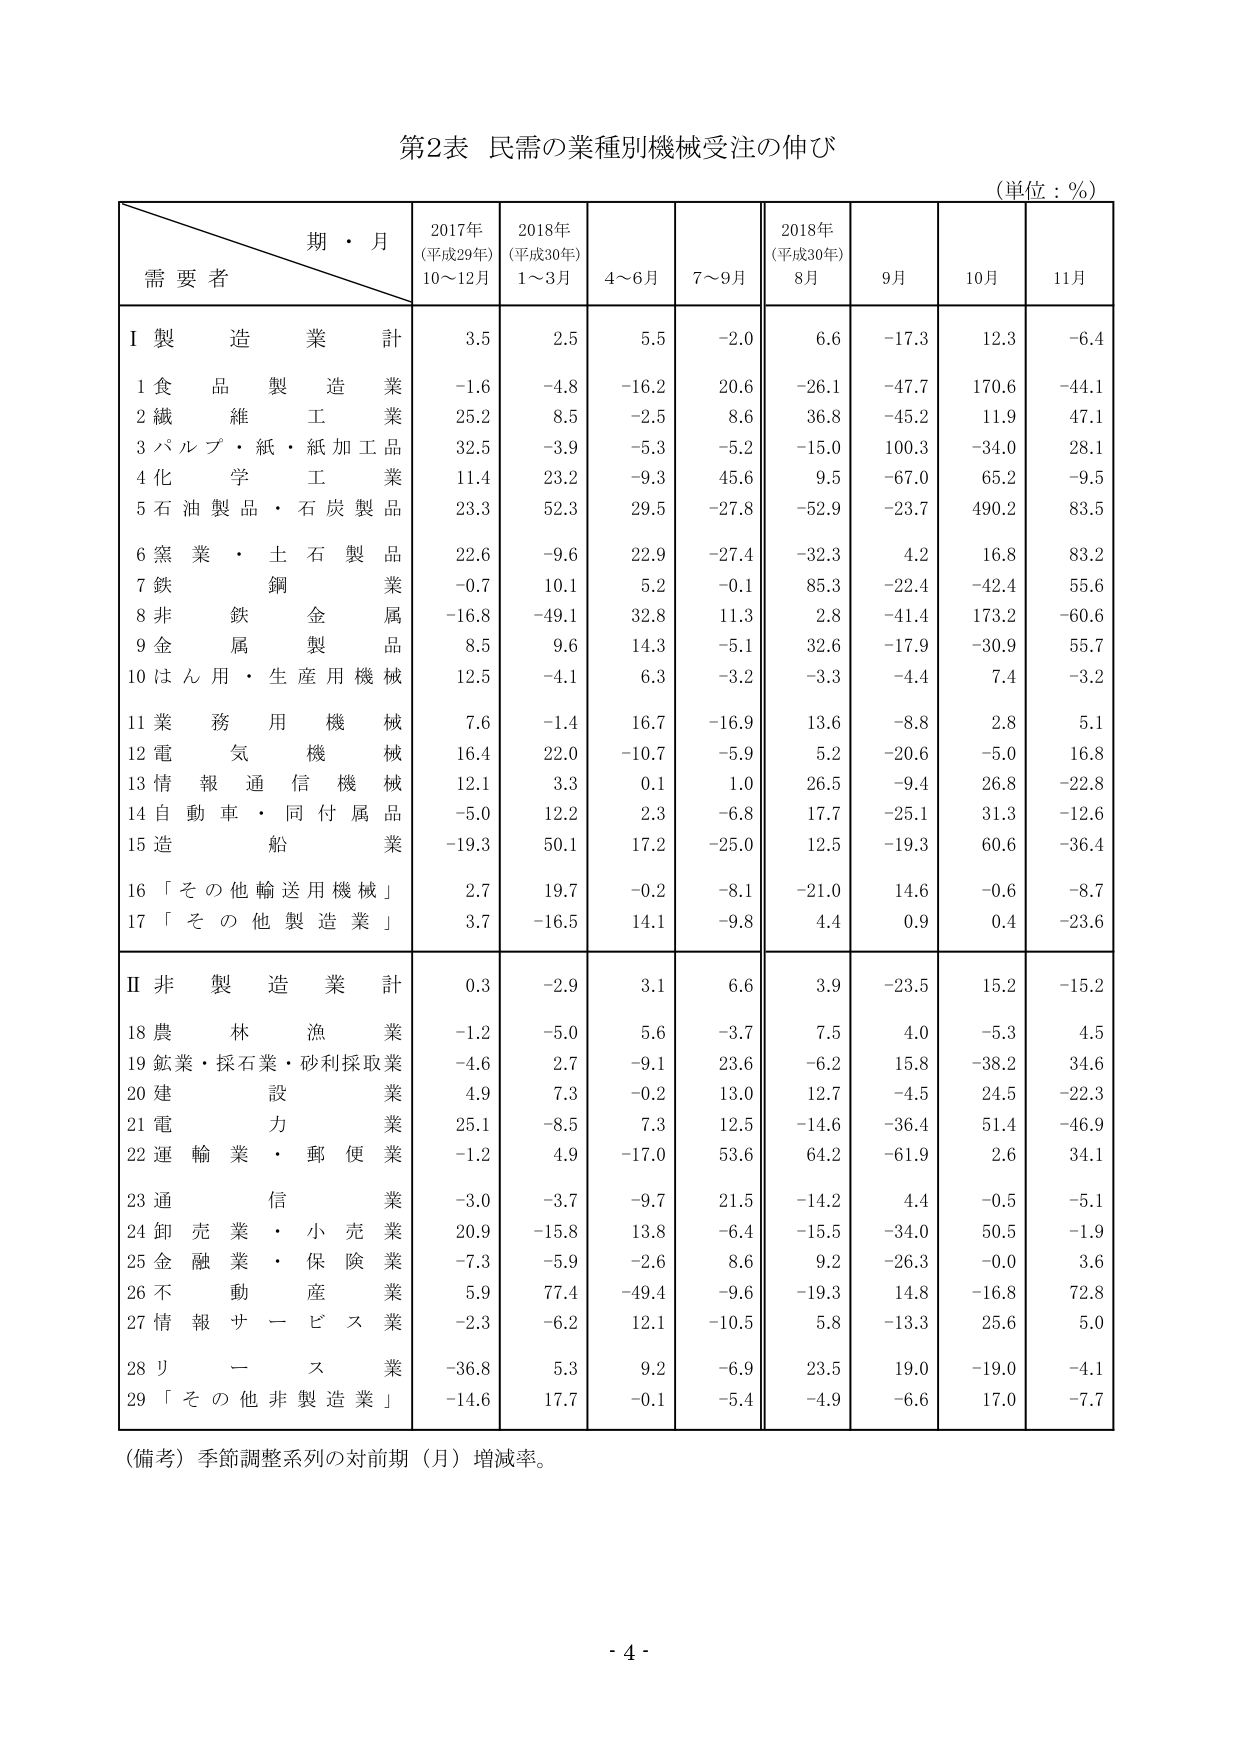
第2表 民需の業種別機械受注の伸び
(単位：％)

期・月
需要者
2017年
(平成29年)
10～12月
2018年
(平成30年)
1～3月
4～6月
7～9月
2018年
(平成30年)
8月
9月
10月
11月

Ⅰ 製造業計
3.5
2.5
5.5
-2.0
6.6
-17.3
12.3
-6.4

1 食品製造業
-1.6
-4.8
-16.2
20.6
-26.1
-47.7
170.6
-44.1

2 繊維工業
25.2
8.5
-2.5
8.6
36.8
-45.2
11.9
47.1

3 パルプ・紙・紙加工品業
32.5
-3.9
-5.3
-5.2
-15.0
100.3
-34.0
28.1

4 化学工業
11.4
23.2
-9.3
45.6
9.5
-67.0
65.2
-9.5

5 石油製品・石炭製品業
23.3
52.3
29.5
-27.8
-52.9
-23.7
490.2
83.5

6 窯業・土石製品業
22.6
-9.6
22.9
-27.4
-32.3
4.2
16.8
83.2

7 鉄鋼業
-0.7
10.1
5.2
-0.1
85.3
-22.4
-42.4
55.6

8 非鉄金属業
-16.8
-49.1
32.8
11.3
2.8
-41.4
173.2
-60.6

9 金属製品業
8.5
9.6
14.3
-5.1
32.6
-17.9
-30.9
55.7

10 はん用・生産用機械業
12.5
-4.1
6.3
-3.2
-3.3
-4.4
7.4
-3.2

11 業務用機械業
7.6
-1.4
16.7
-16.9
13.6
-8.8
2.8
5.1

12 電気機械業
16.4
22.0
-10.7
-5.9
5.2
-20.6
-5.0
16.8

13 情報通信機械業
12.1
3.3
0.1
1.0
26.5
-9.4
26.8
-22.8

14 自動車・同付属品業
-5.0
12.2
2.3
-6.8
17.7
-25.1
31.3
-12.6

15 造船業
-19.3
50.1
17.2
-25.0
12.5
-19.3
60.6
-36.4

16 「その他輸送用機械」
2.7
19.7
-0.2
-8.1
-21.0
14.6
-0.6
-8.7

17 「その他製造業」
3.7
-16.5
14.1
-9.8
4.4
0.9
0.4
-23.6

Ⅱ 非製造業計
0.3
-2.9
3.1
6.6
3.9
-23.5
15.2
-15.2

18 農林漁業
-1.2
-5.0
5.6
-3.7
7.5
4.0
-5.3
4.5

19 鉱業・採石業・砂利採取業
-4.6
2.7
-9.1
23.6
-6.2
15.8
-38.2
34.6

20 建設業
4.9
7.3
-0.2
13.0
12.7
-4.5
24.5
-22.3

21 電力業
25.1
-8.5
7.3
12.5
-14.6
-36.4
51.4
-46.9

22 運輸業・郵便業
-1.2
4.9
-17.0
53.6
64.2
-61.9
2.6
34.1

23 通信業
-3.0
-3.7
-9.7
21.5
-14.2
4.4
-0.5
-5.1

24 卸売業・小売業
20.9
-15.8
13.8
-6.4
-15.5
-34.0
50.5
-1.9

25 金融業・保険業
-7.3
-5.9
-2.6
8.6
9.2
-26.3
-0.0
3.6

26 不動産業
5.9
77.4
-49.4
-9.6
-19.3
14.8
-16.8
72.8

27 情報サービス業
-2.3
-6.2
12.1
-10.5
5.8
-13.3
25.6
5.0

28 リース業
-36.8
5.3
9.2
-6.9
23.5
19.0
-19.0
-4.1

29 「その他非製造業」
-14.6
17.7
-0.1
-5.4
-4.9
-6.6
17.0
-7.7

（備考）季節調整系列の対前期（月）増減率。

- 4 -